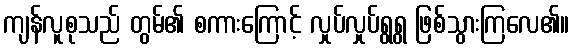
ကျန်လူစုသည် တွမ်၏ စကားကြောင့် လှုပ်လှုပ်ရွရွ ဖြစ်သွားကြလေ၏။